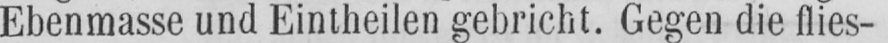
Ebenmasse und Eintheilen gebricht. Gegen die flies-